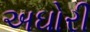
અઘોરી